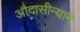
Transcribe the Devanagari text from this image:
औदासीन्याने